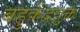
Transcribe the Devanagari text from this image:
बहुकेंद्रयुक्त